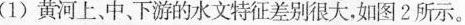
(1)黄河上，中、下游的水文特征差别很大，如图2所示。